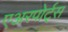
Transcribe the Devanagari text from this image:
एअरपोर्ट्‌स